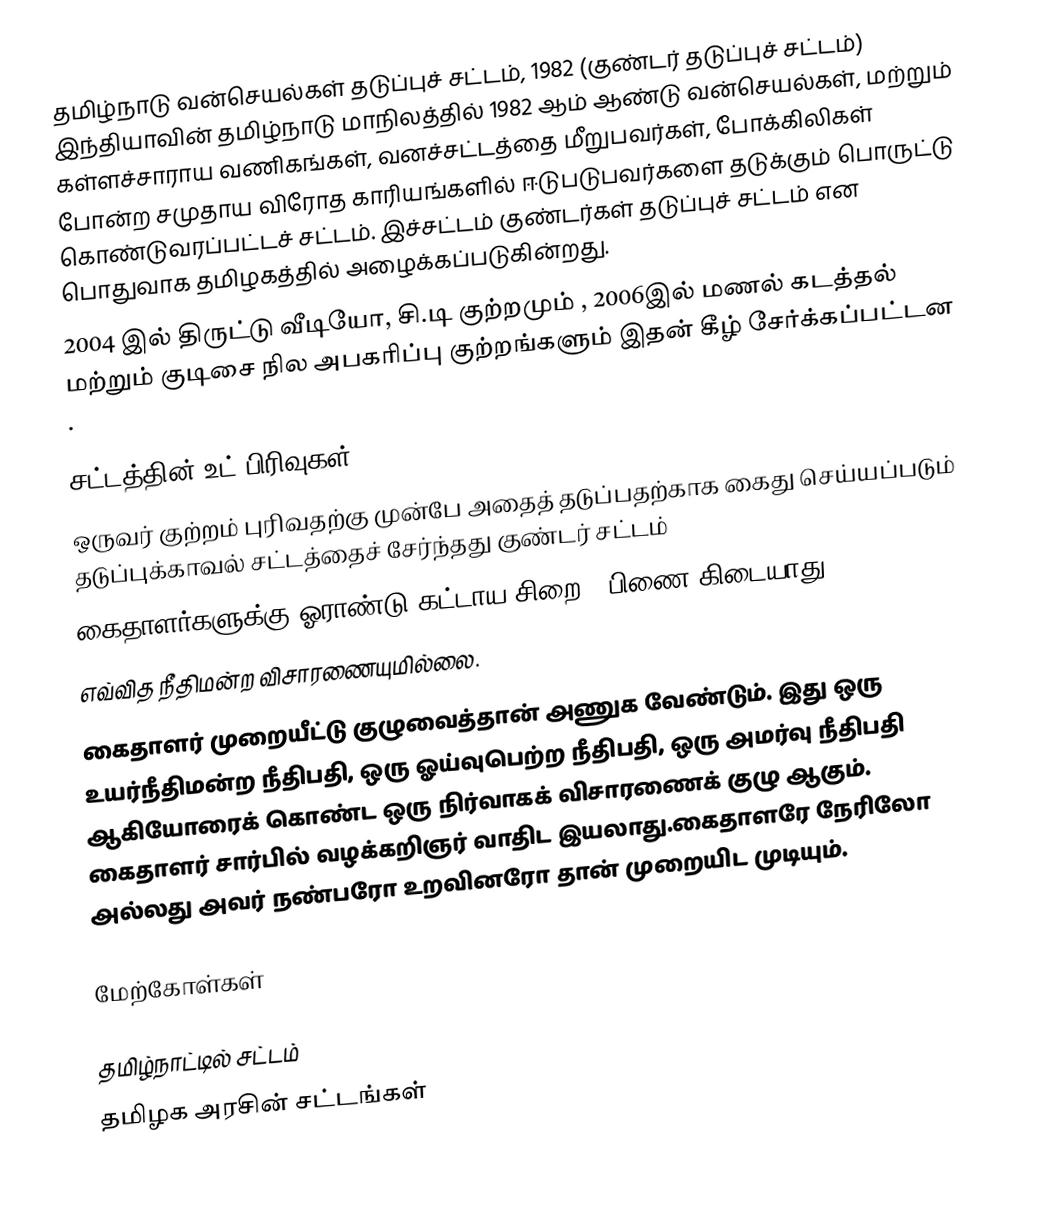
தமிழ்நாடு வன்செயல்கள் தடுப்புச் சட்டம், 1982 (குண்டர் தடுப்புச் சட்டம்)  இந்தியாவின்  தமிழ்நாடு மாநிலத்தில்  1982 ஆம் ஆண்டு  வன்செயல்கள், மற்றும் கள்ளச்சாராய வணிகங்கள், வனச்சட்டத்தை மீறுபவர்கள், போக்கிலிகள் போன்ற சமுதாய விரோத காரியங்களில் ஈடுபடுபவர்களை தடுக்கும் பொருட்டு கொண்டுவரப்பட்டச் சட்டம். இச்சட்டம் குண்டர்கள் தடுப்புச் சட்டம் என பொதுவாக தமிழகத்தில் அழைக்கப்படுகின்றது.
2004 இல் திருட்டு வீடியோ, சி.டி குற்றமும்  , 2006இல்  மணல் கடத்தல் மற்றும்   குடிசை நில அபகரிப்பு குற்றங்களும் இதன் கீழ்  சேர்க்கப்பட்டன .

சட்டத்தின் உட் பிரிவுகள்
ஒருவர் குற்றம் புரிவதற்கு முன்பே அதைத் தடுப்பதற்காக  கைது செய்யப்படும் தடுப்புக்காவல் சட்டத்தைச் சேர்ந்தது  குண்டர்  சட்டம்
 கைதாளர்களுக்கு ஓராண்டு கட்டாய சிறை ,  பிணை கிடையாது.
 எவ்வித நீதிமன்ற விசாரணையுமில்லை.
 கைதாளர்  முறையீட்டு குழுவைத்தான் அணுக வேண்டும். இது  ஒரு உயர்நீதிமன்ற நீதிபதி, ஒரு ஓய்வுபெற்ற நீதிபதி, ஒரு அமர்வு நீதிபதி  ஆகியோரைக் கொண்ட ஒரு நிர்வாகக் விசாரணைக் குழு ஆகும். கைதாளர் சார்பில் வழக்கறிஞர் வாதிட இயலாது.கைதாளரே நேரிலோ அல்லது அவர் நண்பரோ உறவினரோ தான் முறையிட முடியும்.

மேற்கோள்கள்

தமிழ்நாட்டில் சட்டம்
தமிழக அரசின் சட்டங்கள்